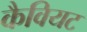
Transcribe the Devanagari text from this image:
कैवियट